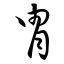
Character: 冑